Lyperosia minuta, Bezzi - Number 59
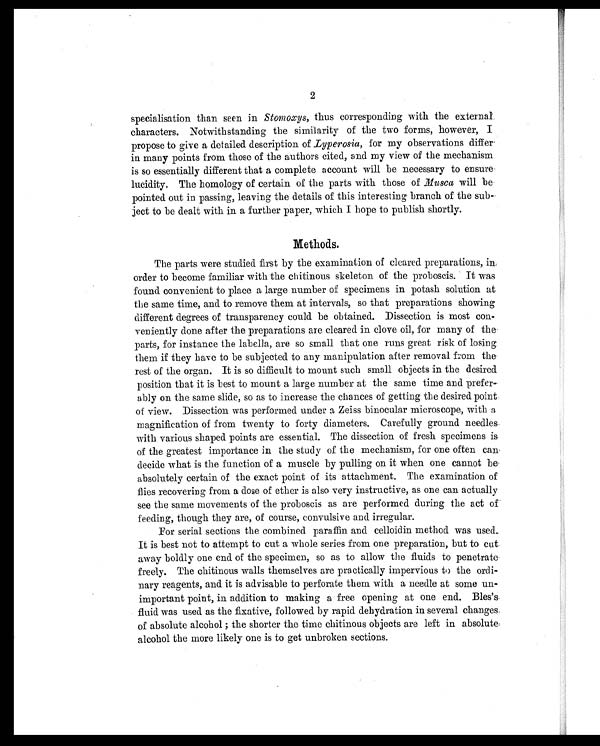
2
specialisation than seen in Stomoxys, thus corresponding with the external
characters. Notwithstanding the similarity of the two forms, however, I
propose to give a detailed description of Lyperosia, for my observations differ
in many points from those of the authors cited, and my view of the mechanism
is so essentially different that a complete account will be necessary to ensure
lucidity. The homology of certain of the parts with those of Musca will be
pointed out in passing, leaving the details of this interesting branch of the sub-
ject to be dealt with in a further paper, which I hope to publish shortly.
Methods.
The parts were studied first by the examination of cleared preparations, in
order to become familiar with the chitinous skeleton of the proboscis. It was
found convenient to place a large number of specimens in potash solution at
the same time, and to remove them at intervals, so that preparations showing
different degrees of transparency could be obtained. Dissection is most con-
veniently done after the preparations are cleared in clove oil, for many of the
parts, for instance the labella, are so small that one runs great risk of losing
them if they have to be subjected to any manipulation after removal from the
rest of the organ. It is so difficult to mount such small objects in the desired
position that it is best to mount a large number at the same time and prefer
-ably on the same slide, so as to increase the chances of getting the desired point
of view. Dissection was performed under a Zeiss binocular microscope, with a
magnification of from twenty to forty diameters. Carefully ground needles
with various shaped points are essential. The dissection of fresh specimens is
of the greatest importance in the study of the mechanism, for one often can
decide what is the function of a muscle by pulling on it when one cannot be
absolutely certain of the exact point of its attachment. The examination of
flies recovering from a dose of ether is also very instructive, as one can actually
see the same movements of the proboscis as are performed during the act of
feeding, though they are, of course, convulsive and irregular.
For serial sections the combined paraffin and celloidin method was used.
It is best not to attempt to cut a whole series from one preparation, but to cut
away boldly one end of the specimen, so as to allow the fluids to penetrate
freely. The chitinous walls themselves are practically impervious to the ordi-
nary reagents, and it is advisable to perforate them with a needle at some un-
important point, in addition to making a free opening at one end. Bles's
fluid was used as the fixative, followed by rapid dehydration in several changes
of absolute alcohol; the shorter the time chitinous objects are left in absolute
alcohol the more likely one is to get unbroken sections.